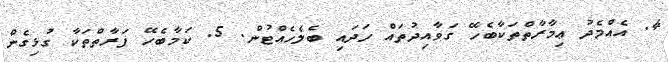
4. އެއްމެދު ޢިމާރާތްތަކާބެހޭ ގަވާއިދުތައް ހަދައި ބެލެހެއްޓުން. 5. ކަމާބެހޭ ފަރާތްތަކާ ގުޅިގެން